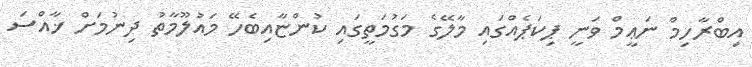
އިބްރާހިމް ނަޢީމް ވަނީ ޕިކަޕެއްގައި މާލޭގެ މަގުމަތީގައި ކުންޏާއިބެހޭ މައުލޫމާތު ދިނުމަށް ޚާއްސަ